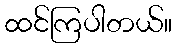
ထင်ကြပါတယ်။